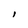
Character: l